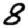
Digit: 8